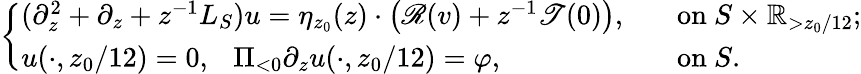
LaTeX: \begin{array}{r}{\left\{ \begin{array}{ll}{(\partial_{z}^{2}+\partial_{z}+z^{-1}L_{S})u=\eta_{z_{0}}(z)\cdot\left(\mathscr{R}(v)+z^{-1}\mathscr{T}(0)\right),\ }&{\ \mathrm{~on~}S\times\mathbb{R}_{>z_{0}/12};}\\ {u(\cdot,z_{0}/12)=0,\ \ \ \Pi_{<0}\partial_{z}u(\cdot,z_{0}/12)=\varphi,\ }&{\ \mathrm{~on~}S.}\end{array}\right.}\end{array}